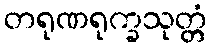
တရုဏရုက္ခသုတ္တံ